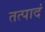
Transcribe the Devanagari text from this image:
तत्पादं